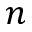
n